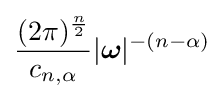
{\frac {(2\pi )^{\frac {n}{2}}}{c_{n,\alpha }}}|{\boldsymbol {\omega }}|^{-(n-\alpha )}